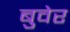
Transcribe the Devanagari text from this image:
बुवेर